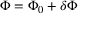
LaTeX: \Phi = \Phi _ { 0 } + \delta \Phi